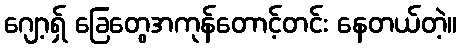
ဂျော့ရှ် ခြေတွေအကုန်တောင့်တင်း နေတယ်တဲ့။